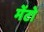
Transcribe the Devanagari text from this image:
मेंटो